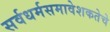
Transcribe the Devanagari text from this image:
सर्वधर्मसमावेशकतेचे